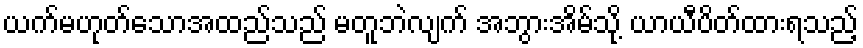
ယက်မဟုတ်သောအထည်သည် မတူဘဲလျက် အဘွားအိမ်သို့ ယာယီပိတ်ထားရသည့်